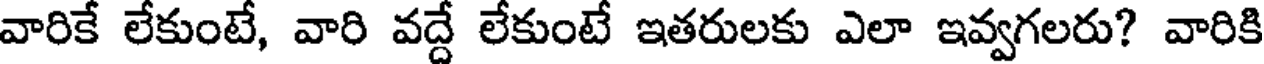
వారికే లేకుంటే, వారి వద్దే లేకుంటే ఇతరులకు ఎలా ఇవ్వగలరు? వారికి